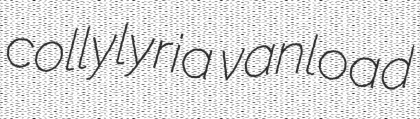
collylyria vanload